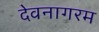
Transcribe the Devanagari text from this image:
देवनागरम